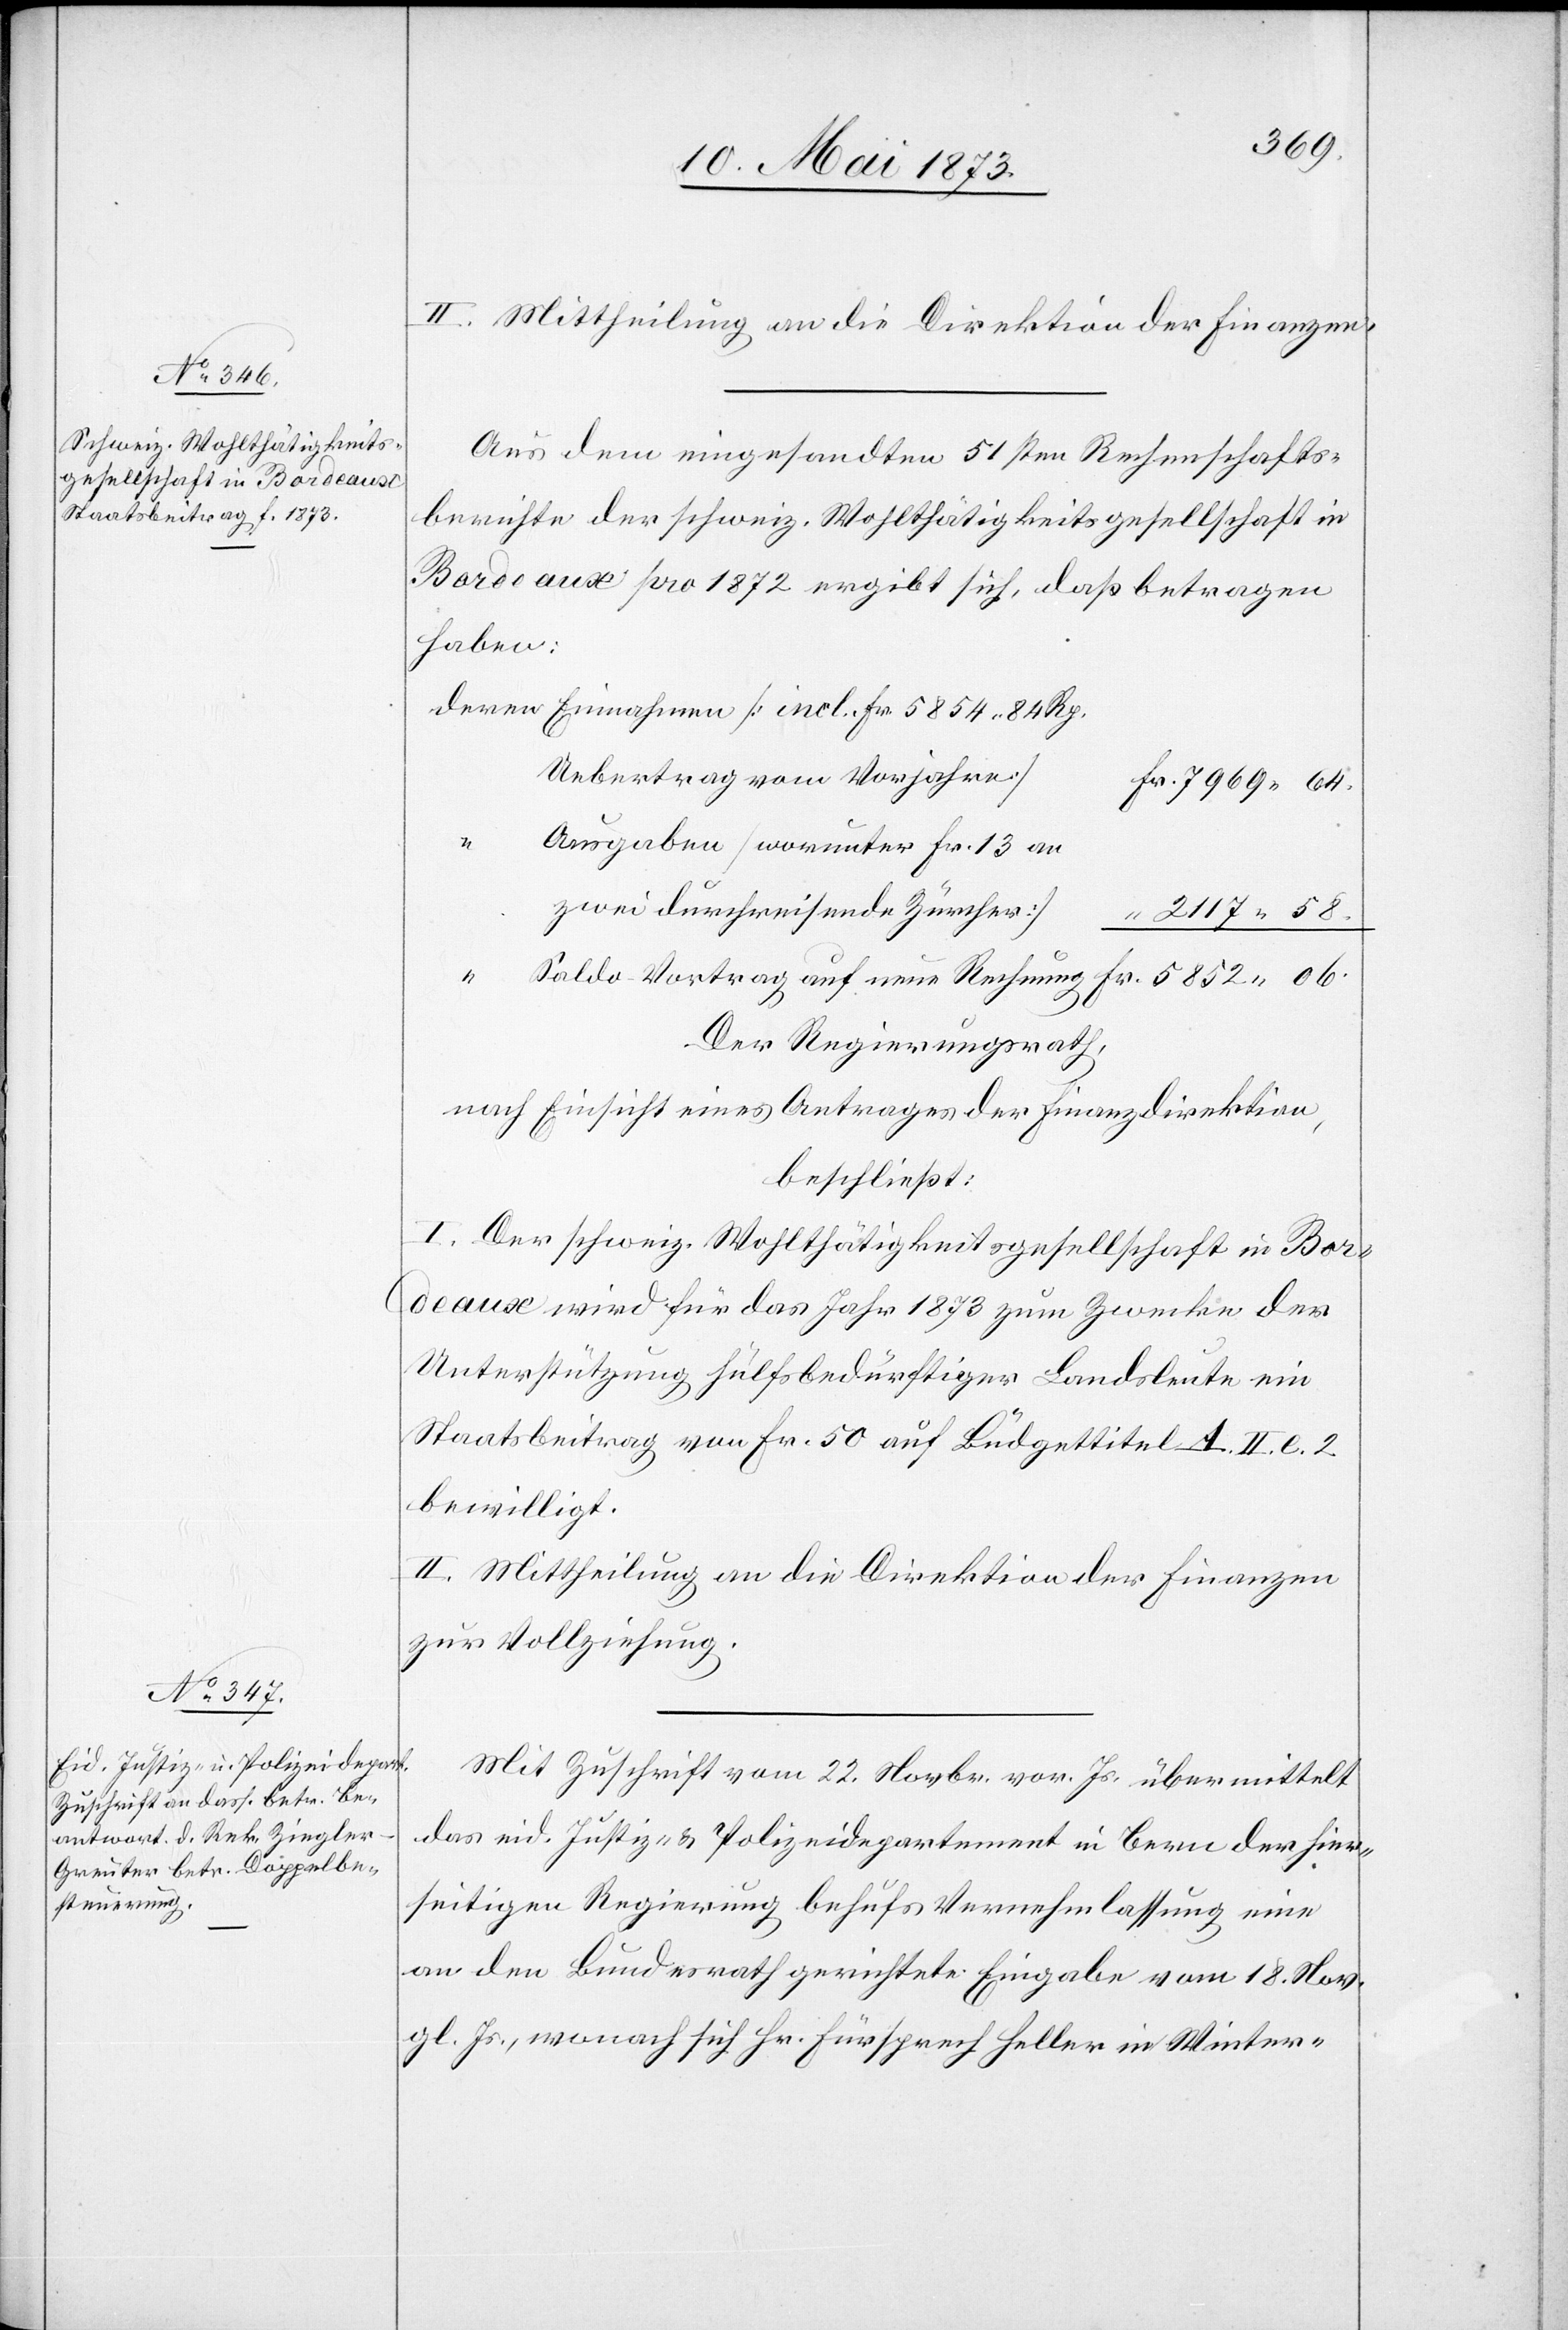
II. Mittheilung an die Direktion der Finanzen.
Aus dem eingesandten 51sten Rechenschafts¬
berichte der schweiz. Wohlthätigkeitsgesellschaft in
Bordeaux pro 1872 ergibt sich, daß betragen
haben:
Uebertrag vom Vorjahre]
7 969 64.
“
Ausgaben [worunter Fr. 13 an
zwei durchreisende Zürcher]
2 117 58.
Saldo-Vortrag auf neue Rechnung
Fr. 5854 84
Der Regierungsrath,
nach Einsicht eines Antrages der Finanzdirektion,
beschließt:
I. Der schweiz. Wohlthätigkeitsgesellschaft in Bor¬
deaux wird für das Jahr 1873 zum Zwecke der
Unterstützung hülfsbedürftiger Landsleute ein
Staatsbeitrag von Fr. 50 auf Büdgettitel A. II. e. 2
bewilligt.
II. Mittheilung an die Direktion der Finanzen
zur Vollziehung.
Mit Zuschrift vom 22. Novbr. vor. Js. übermittelt
das eid. Justiz- & Polizeidepartement in Bern der hier¬
seitigen Regierung behufs Vernehmlassung eine
an den Bundesrath gerichtete Eingabe vom 18. Nov.
gl. Js. wonach sich Hr. Fürsprech Heller in Winter-